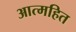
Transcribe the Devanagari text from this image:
आत्महित